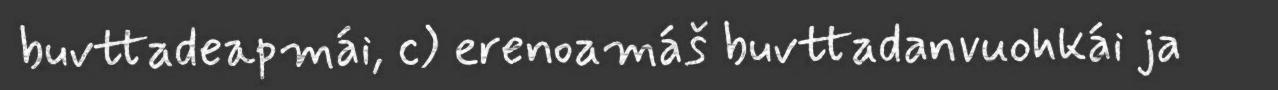
buvttadeapmái, c) erenoamáš buvttadanvuohkái ja